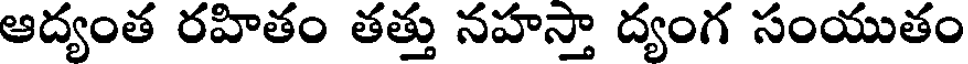
ఆద్యంత రహితం తత్తు నహస్తా ద్యంగ సంయుతం